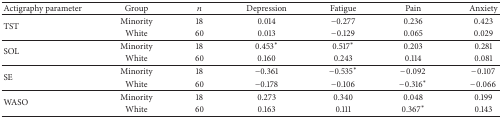
<table><thead><tr><td><b>Actigraphy parameter</b></td><td><b>Group</b></td><td><b><i>n</i></b></td><td><b>Depression</b></td><td><b>Fatigue</b></td><td><b>Pain</b></td><td><b>Anxiety</b></td></tr></thead><tbody><tr><td rowspan="2">TST</td><td>Minority</td><td>18</td><td>0.014</td><td>−0.277</td><td>0.236</td><td>0.423</td></tr><tr><td>White</td><td>60</td><td>0.013</td><td>−0.129</td><td>0.065</td><td>0.029</td></tr><tr><td rowspan="2">SOL</td><td>Minority</td><td>18</td><td>0.453∗</td><td>0.517∗</td><td>0.203</td><td>0.281</td></tr><tr><td>White</td><td>60</td><td>0.160</td><td>0.243</td><td>0.114</td><td>0.081</td></tr><tr><td rowspan="2">SE</td><td>Minority</td><td>18</td><td>−0.361</td><td>−0.535∗</td><td>−0.092</td><td>−0.107</td></tr><tr><td>White</td><td>60</td><td>−0.178</td><td>−0.106</td><td>−0.316∗</td><td>−0.066</td></tr><tr><td rowspan="2">WASO</td><td>Minority</td><td>18</td><td>0.273</td><td>0.340</td><td>0.048</td><td>0.199</td></tr><tr><td>White</td><td>60</td><td>0.163</td><td>0.111</td><td>0.367∗</td><td>0.143</td></tr></tbody></table>